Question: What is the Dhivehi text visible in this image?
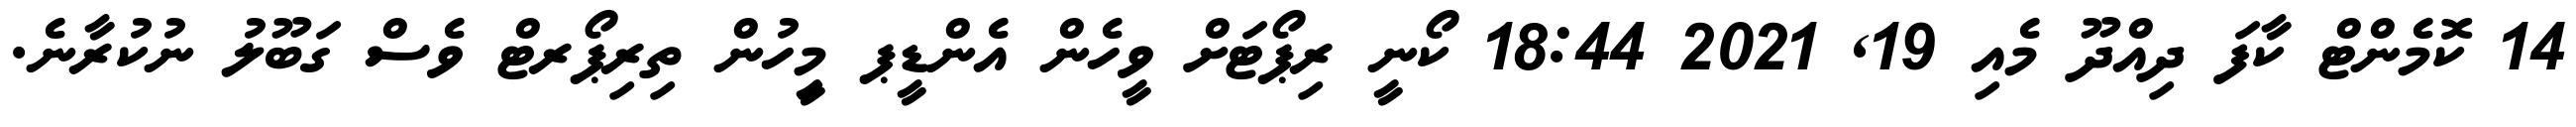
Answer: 14 ކޮމެންޓް ކާފަ ދިއްދޫ މެއި 19, 2021 18:44 ކޯނީ ރިޕޯޓަށް ވީހެން އެންޑީޕ މީިހުން ތިރިޕޯރޓް ވެސް ގަބޫލު ނުކުރާނެ.